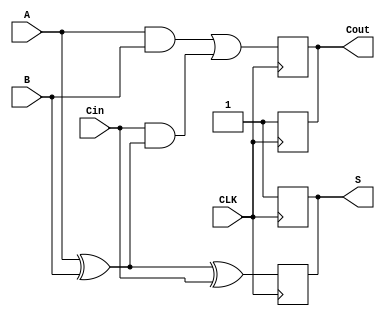
module dynamic_full_adder (
    input wire A,      // First input bit
    input wire B,      // Second input bit
    input wire Cin,    // Carry-in bit
    input wire CLK,    // Clock signal
    output reg S,      // Sum output
    output reg Cout    // Carry-out output
);

    // Internal signals for the evaluation phase
    wire sum_temp;
    wire carry_temp;

    // Evaluate the sum and carry based on the inputs
    assign sum_temp = A ^ B ^ Cin; // S = A  B  Cin
    assign carry_temp = (A & B) | (Cin & (A ^ B)); // Cout = (A  B) + (Cin  (A  B))

    // Precharge and evaluate logic
    always @(posedge CLK) begin
        // Precharge phase
        S <= 1'b1; // Precharge sum to 1
        Cout <= 1'b1; // Precharge carry to 1
    end

    always @(negedge CLK) begin
        // Evaluate phase
        S <= sum_temp; // Evaluate sum
        Cout <= carry_temp; // Evaluate carry-out
    end

endmodule